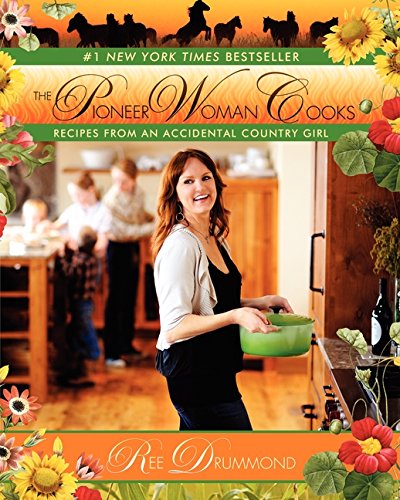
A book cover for The Pioneer Woman Cooks: Recipes from an Accidental Country Girl; Ree Drummond; Cookbooks, Food & Wine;